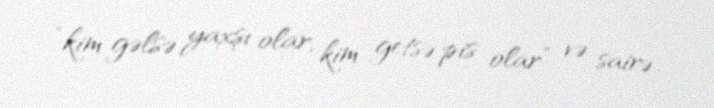
“kim gəlsə yaxşı olar, kim getsə pis olar” və sairə..